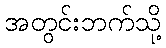
အတွင်းဘက်သို့